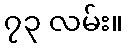
၇၃ လမ်း။